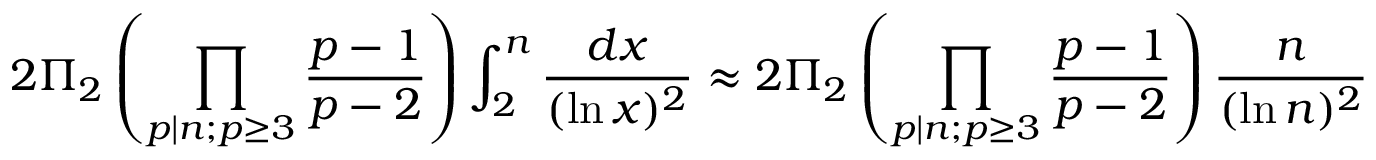
2 \Pi _ { 2 } \left( \prod _ { p \mid n ; p \geq 3 } { \frac { p - 1 } { p - 2 } } \right) \int _ { 2 } ^ { n } { \frac { d x } { ( \ln x ) ^ { 2 } } } \approx 2 \Pi _ { 2 } \left( \prod _ { p \mid n ; p \geq 3 } { \frac { p - 1 } { p - 2 } } \right) { \frac { n } { ( \ln n ) ^ { 2 } } }